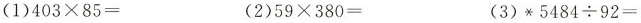
(1) $$4 0 3 \times 8 5 =$$ (2) $$5 9 \times 3 8 0 =$$ (3)* $$5 4 8 4 \div 9 2 =$$